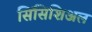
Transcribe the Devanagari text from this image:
सिंसिशिअल